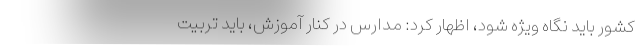
کشور باید نگاه ویژه شود، اظهار کرد: مدارس در کنار آموزش، باید تربیت